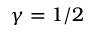
\gamma = 1 / 2